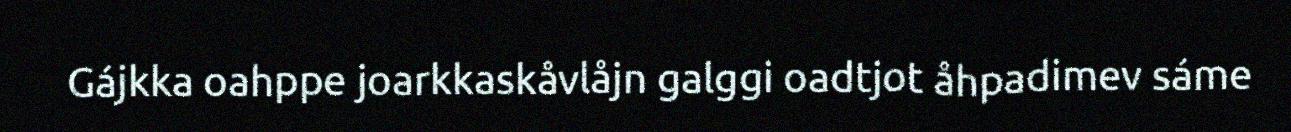
Gájkka oahppe joarkkaskåvlåjn galggi oadtjot åhpadimev sáme